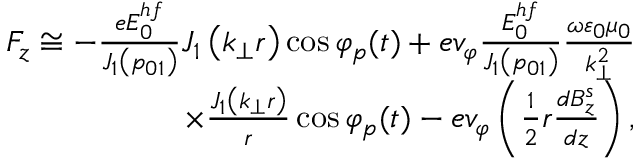
\begin{array} { r } { F _ { z } \cong - \frac { e E _ { 0 } ^ { h f } } { J _ { 1 } \left( p _ { 0 1 } \right) } J _ { 1 } \left( k _ { \perp } r \right) \cos \varphi _ { p } ( t ) + e v _ { \varphi } \frac { E _ { 0 } ^ { h f } } { J _ { 1 } \left( p _ { 0 1 } \right) } \frac { \omega \varepsilon _ { 0 } \mu _ { 0 } } { k _ { \perp } ^ { 2 } } } \\ { \times \frac { J _ { 1 } \left( k _ { \perp } r \right) } { r } \cos \varphi _ { p } ( t ) - e v _ { \varphi } \left( \frac { 1 } { 2 } r \frac { d B _ { z } ^ { s } } { d z } \right) , } \end{array}